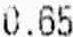
0.65